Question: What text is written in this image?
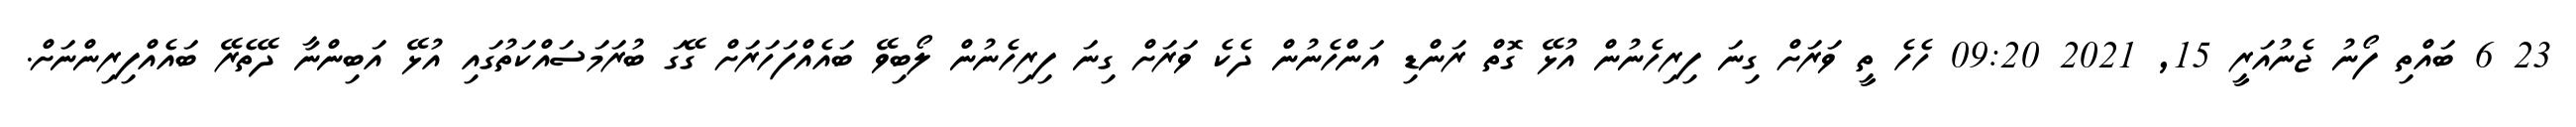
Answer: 23 6 ބައްތި ފޯނު ޖެނުއަރީ 15, 2021 09:20 ހެހެ ތީ ވަރަށް ގިނަ ފިރިހެނުން އުޅޭ ގޮތް ރަންޑި އަންހެނުން ދެކެ ވަރަށް ގިނަ ފިރިހެނުން ލޯބިވޭ ބައެއްފަހަރަށް ގޭގަ ބުރަމަސައްކަތުގައި އުޅޭ އަބިންނާ ދޭތެރޭ ބައެއްފިރިންނަށް.